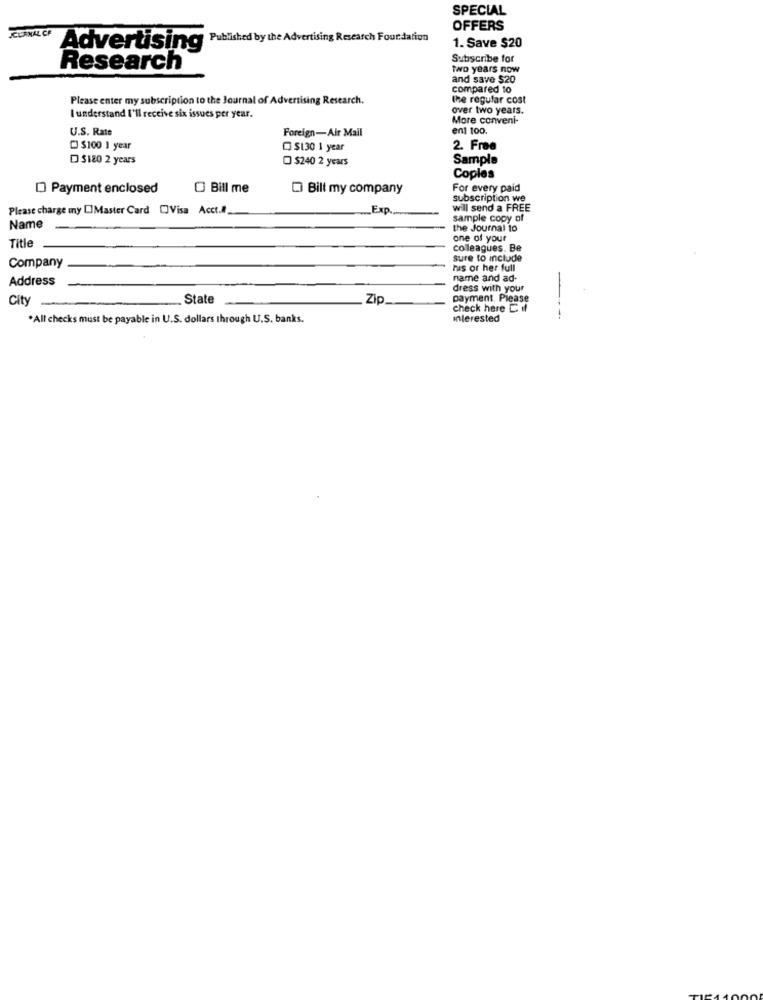
SPECIAL
CLEANAL CF
OFFERS
Advertising Published by the Advertising Research Foundation
1. Save $20
Subscribe for
Research
two years now
and save $20
compared to
Please enter my subscription to the Journal of Advertising Research.
the regular cost
over two years.
I understand I'll receive six issues per year.
More conveni-
U.S. Rate
Foreign-Air Mail
ent 100.
$100 1 year
C $130 1 year
2. Free
D $120 2 years
$240 2 years
Sample
Copies
D Payment enclosed
Bill me
Bill my company
For every paid
subscription we
Please charge my []Master Card Visa Acct.A
Exp.
will send a FREE
sample copy of
Name
the Journal to
Title
one of your
colleagues. Be
Company
sure to include
his or her full
Address
name and ad-
-
dress with your
City
State
Zip
payment. Please
check here Cil
*All checks must be payable in U.S. dollars through U.S. banks.
interested